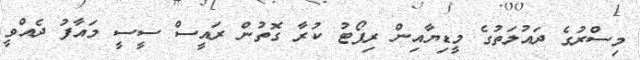
މިސްރުގެ ދައުލަތުގެ މީޑިޔާއިން ރިޕޯޓު ކުރާ ގޮތުން ރައީސް ސީސީ މައާފު ދެއްވީ